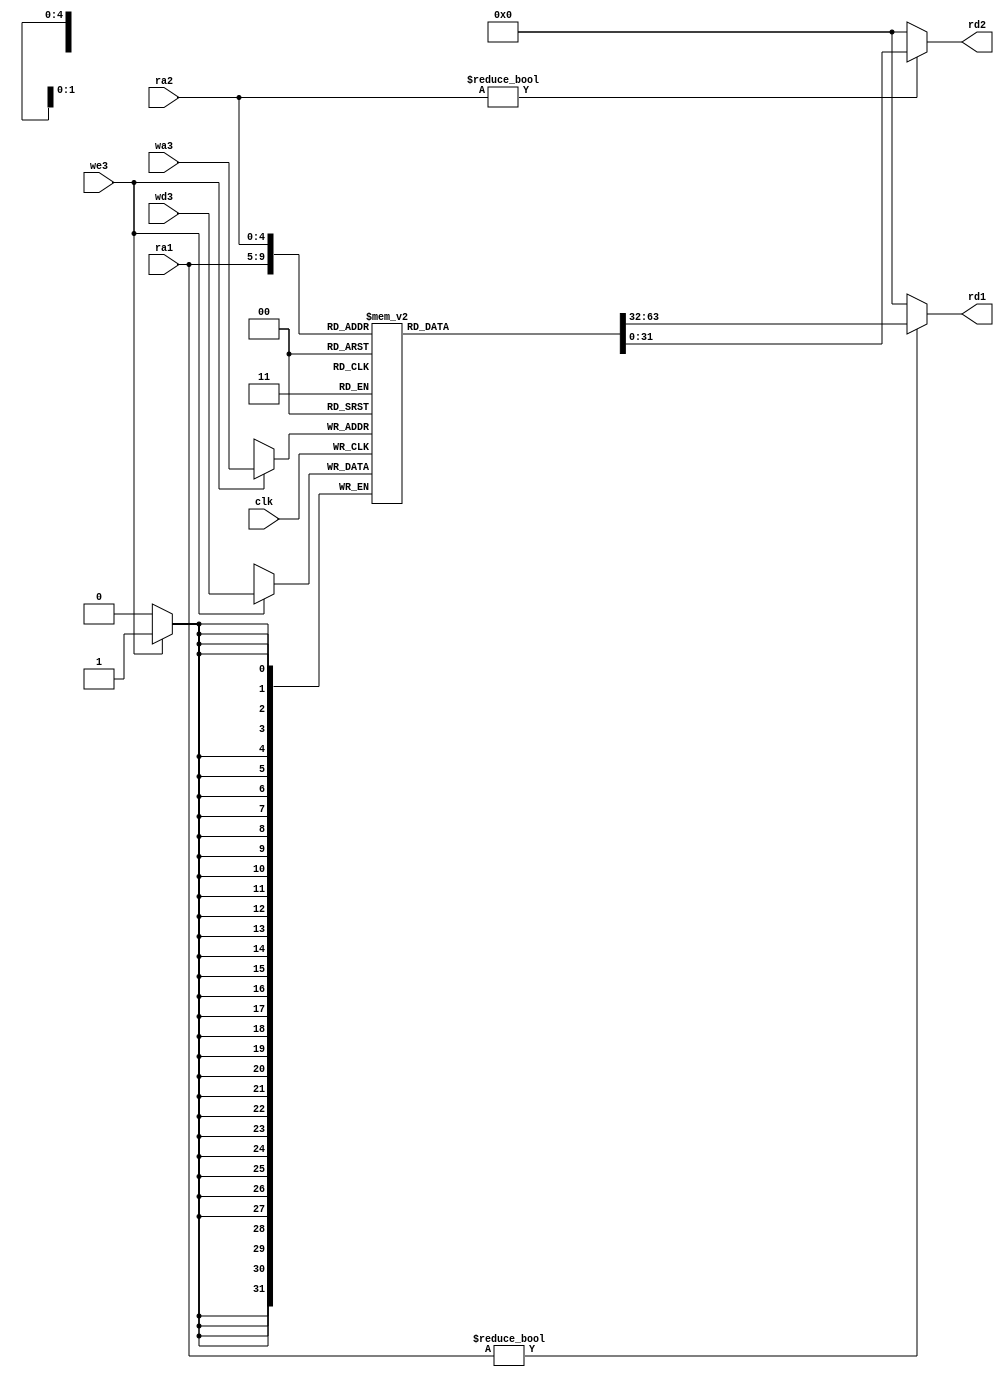
//------------------------------------------------
// regfile.v
// David_Harris@hmc.edu 23 October 2005
// Components used in MIPS processor
//------------------------------------------------


module regfile(input         clk, 
               input         we3, 
               input  [4:0]  ra1, ra2, wa3, 
               input  [31:0] wd3, 
               output [31:0] rd1, rd2);

  reg [31:0] rf[31:0];

  // three ported register file
  // read two ports combinationally
  // write third port on rising edge of clock
  // register 0 hardwired to 0

  always @(posedge clk)
    if (we3) rf[wa3] <= wd3;	

  assign rd1 = (ra1 != 0) ? rf[ra1] : 0;
  assign rd2 = (ra2 != 0) ? rf[ra2] : 0;
endmodule